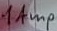
Text: 1Amp